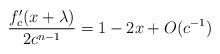
LaTeX: \begin{align*}\frac{f'_c(x+\lambda)}{2c^{n-1}} = 1-2x + O(c^{-1})\end{align*}